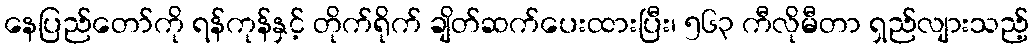
နေပြည်တော်ကို ရန်ကုန်နှင့် တိုက်ရိုက် ချိတ်ဆက်ပေးထားပြီး၊ ၅၆၃ ကီလိုမီတာ ရှည်လျားသည့်